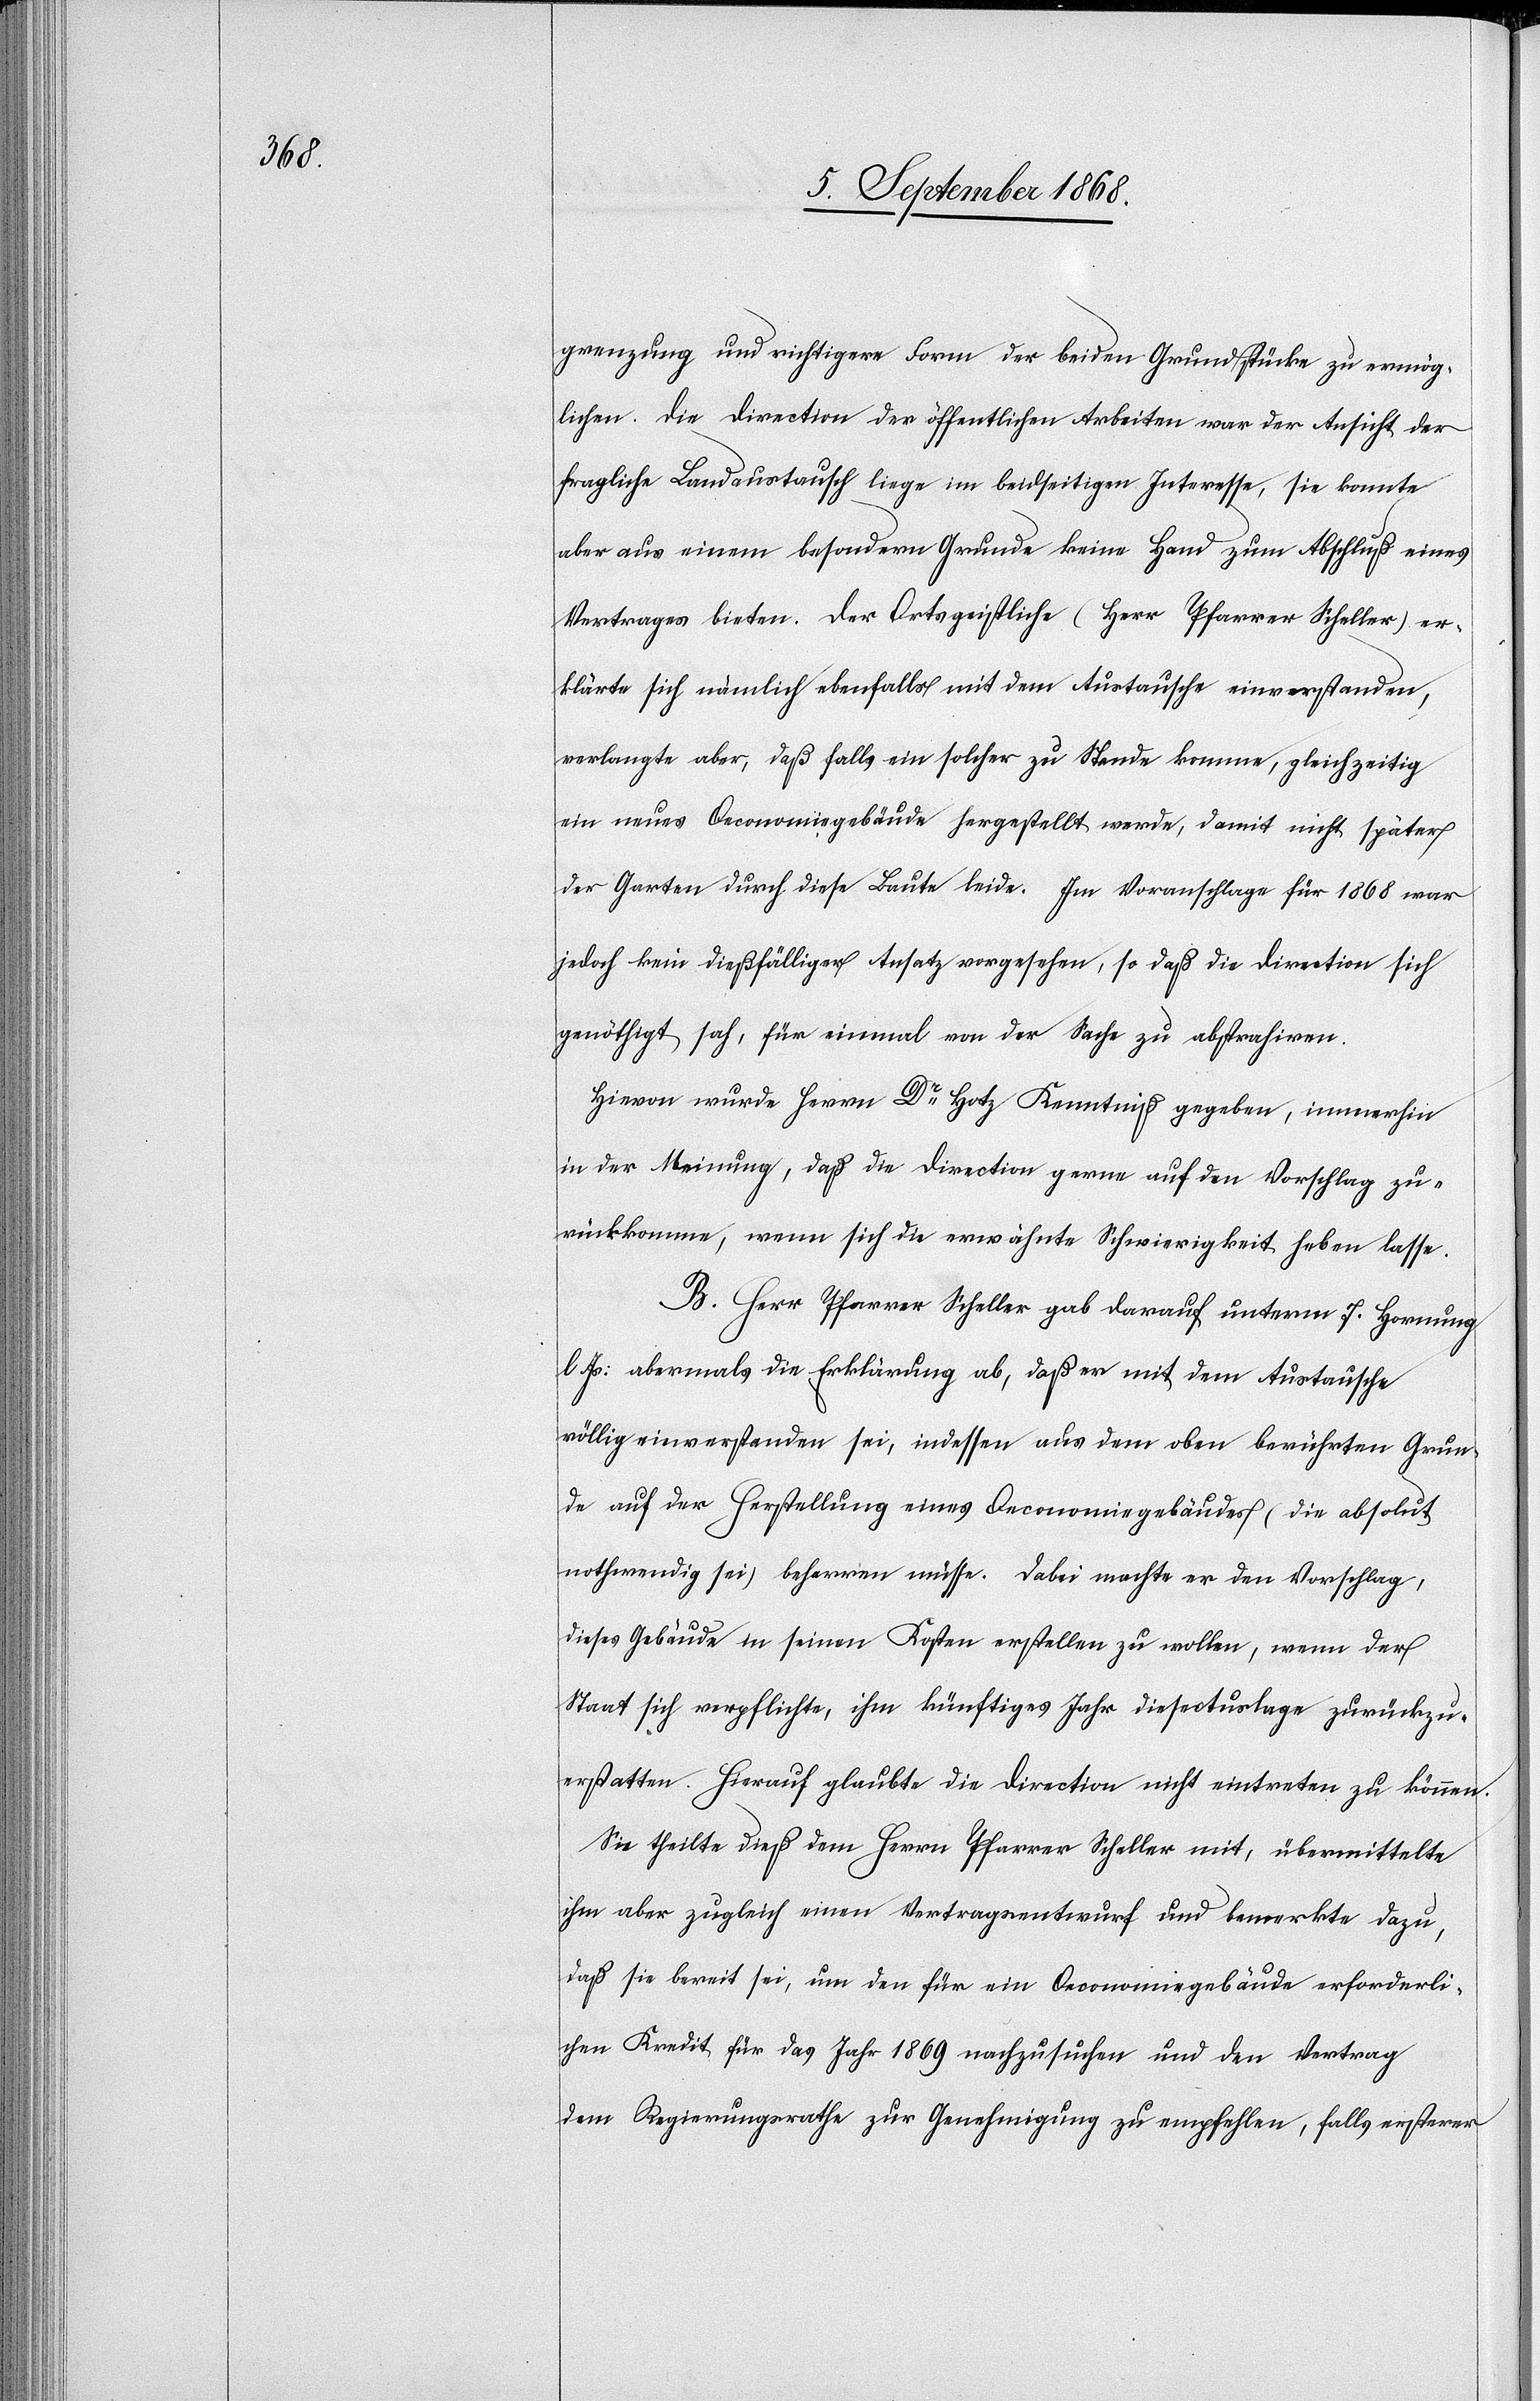
grenzung und richtigere Form der beiden Grundstücke zu ermög¬
lichen. Die Direction der öffentlichen Arbeiten war der Ansicht der
fragliche Landaustausch liege im beidseitigen Interesse, sie konnte
aber aus einem besondern Grunde keine Hand zum Abschluß eines
Vertrages bieten. Der Ortsgeistliche (Herr Pfarrer Scheller) er¬
klärte sich nämlich ebenfalls mit dem Austausche einverstanden,
verlangte aber, daß falls ein solcher zu Stande komme, gleichzeitig
ein neues Oeconomiegebäude hergestellt werde, damit nicht später
der Garten durch diese Baute leide. Im Voranschlage für 1868 war
jedoch kein dießfälliger Ansatz vorgesehen, so daß die Direction sich
genöthigt sah, für einmal von der Sache zu abstrahiren.
Hievon wurde Herrn Dr Hotz Kenntniß gegeben, immerhin
in der Meinung, daß die Direction gerne auf den Vorschlag zu¬
rückkomme, wenn sich die erwähnte Schwierigkeit heben lasse.
B. Herr Pfarrer Scheller gab darauf unterm 7. Hornung
l. Js: abermals die Erklärung ab, daß er mit dem Austausche
völlig einverstanden sei, indessen aus dem oben berührten Grun¬
de auf der Herstellung eines Oeconomiegebäudes (die absolut
nothwendig sei) beharren müsse. Dabei machte er den Vorschlag,
dieses Gebäude in seinen Kosten erstellen zu wollen, wenn der
Staat sich verpflichte, ihm künftiges Jahr diese Auslage zurückzu¬
erstatten. Hierauf glaubte die Direction nicht eintreten zu können.
Sie theilte dieß dem Herrn Pfarrer Scheller mit, übermittelte
ihm aber zugleich einen Vertragsentwurf und bemerkte dazu,
daß sie bereit sei, um den für ein Oeconomiegebäude erforderli¬
chen Kredit für das Jahr 1869 nachzusuchen und den Vertrag
dem Regierungsrathe zur Genehmigung zu empfehlen, falls ersterer